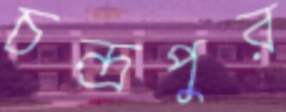
চন্দ্রপুর